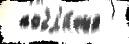
 побл'и́же